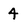
Character: 4